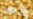
كريس